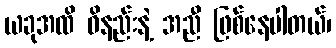
ယခုအထိ ဝိနည်းနဲ့ အညီ ဖြစ်နေပါတယ်၊